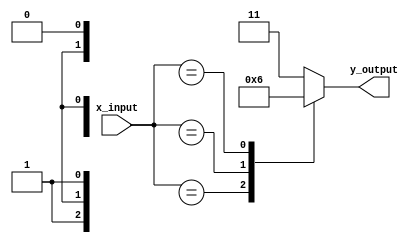
module XCaseStatement(
    input wire [3:0] x_input,
    output reg [1:0] y_output
);

always @(*) begin
    case(x_input)
        4'b00X0: y_output = 2'b00;
        4'b01X1: y_output = 2'b01;
        4'b1XXX: y_output = 2'b10;
        default: y_output = 2'b11;
    endcase
end

endmodule